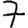
Digit: 7